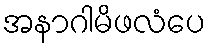
အနာဂါမိဖလံပေ